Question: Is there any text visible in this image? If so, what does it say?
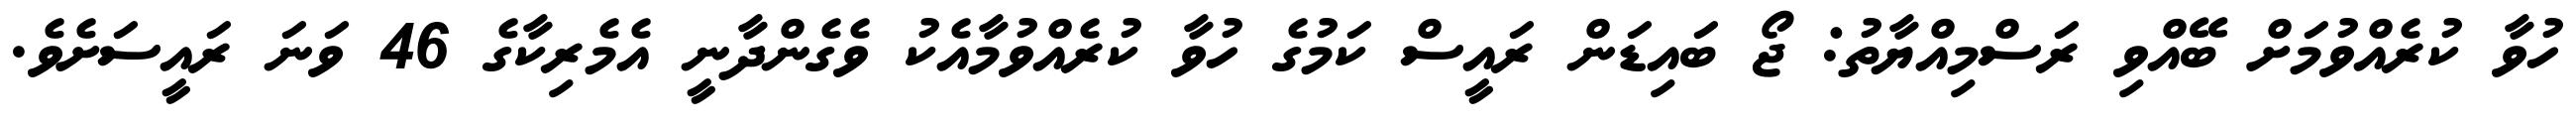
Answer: ހުވާ ކުރެއްވުމަށް ބޭއްވި ރަސްމިއްޔާތު: ޖޯ ބައިޑަން ރައީސް ކަމުގެ ހުވާ ކުރެއްވުމާއެކު ވެގެންދާނީ އެމެރިކާގެ 46 ވަނަ ރައީސަށެވެ.